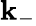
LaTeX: \mathbf{k}_{-}